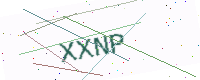
Text: XXNP